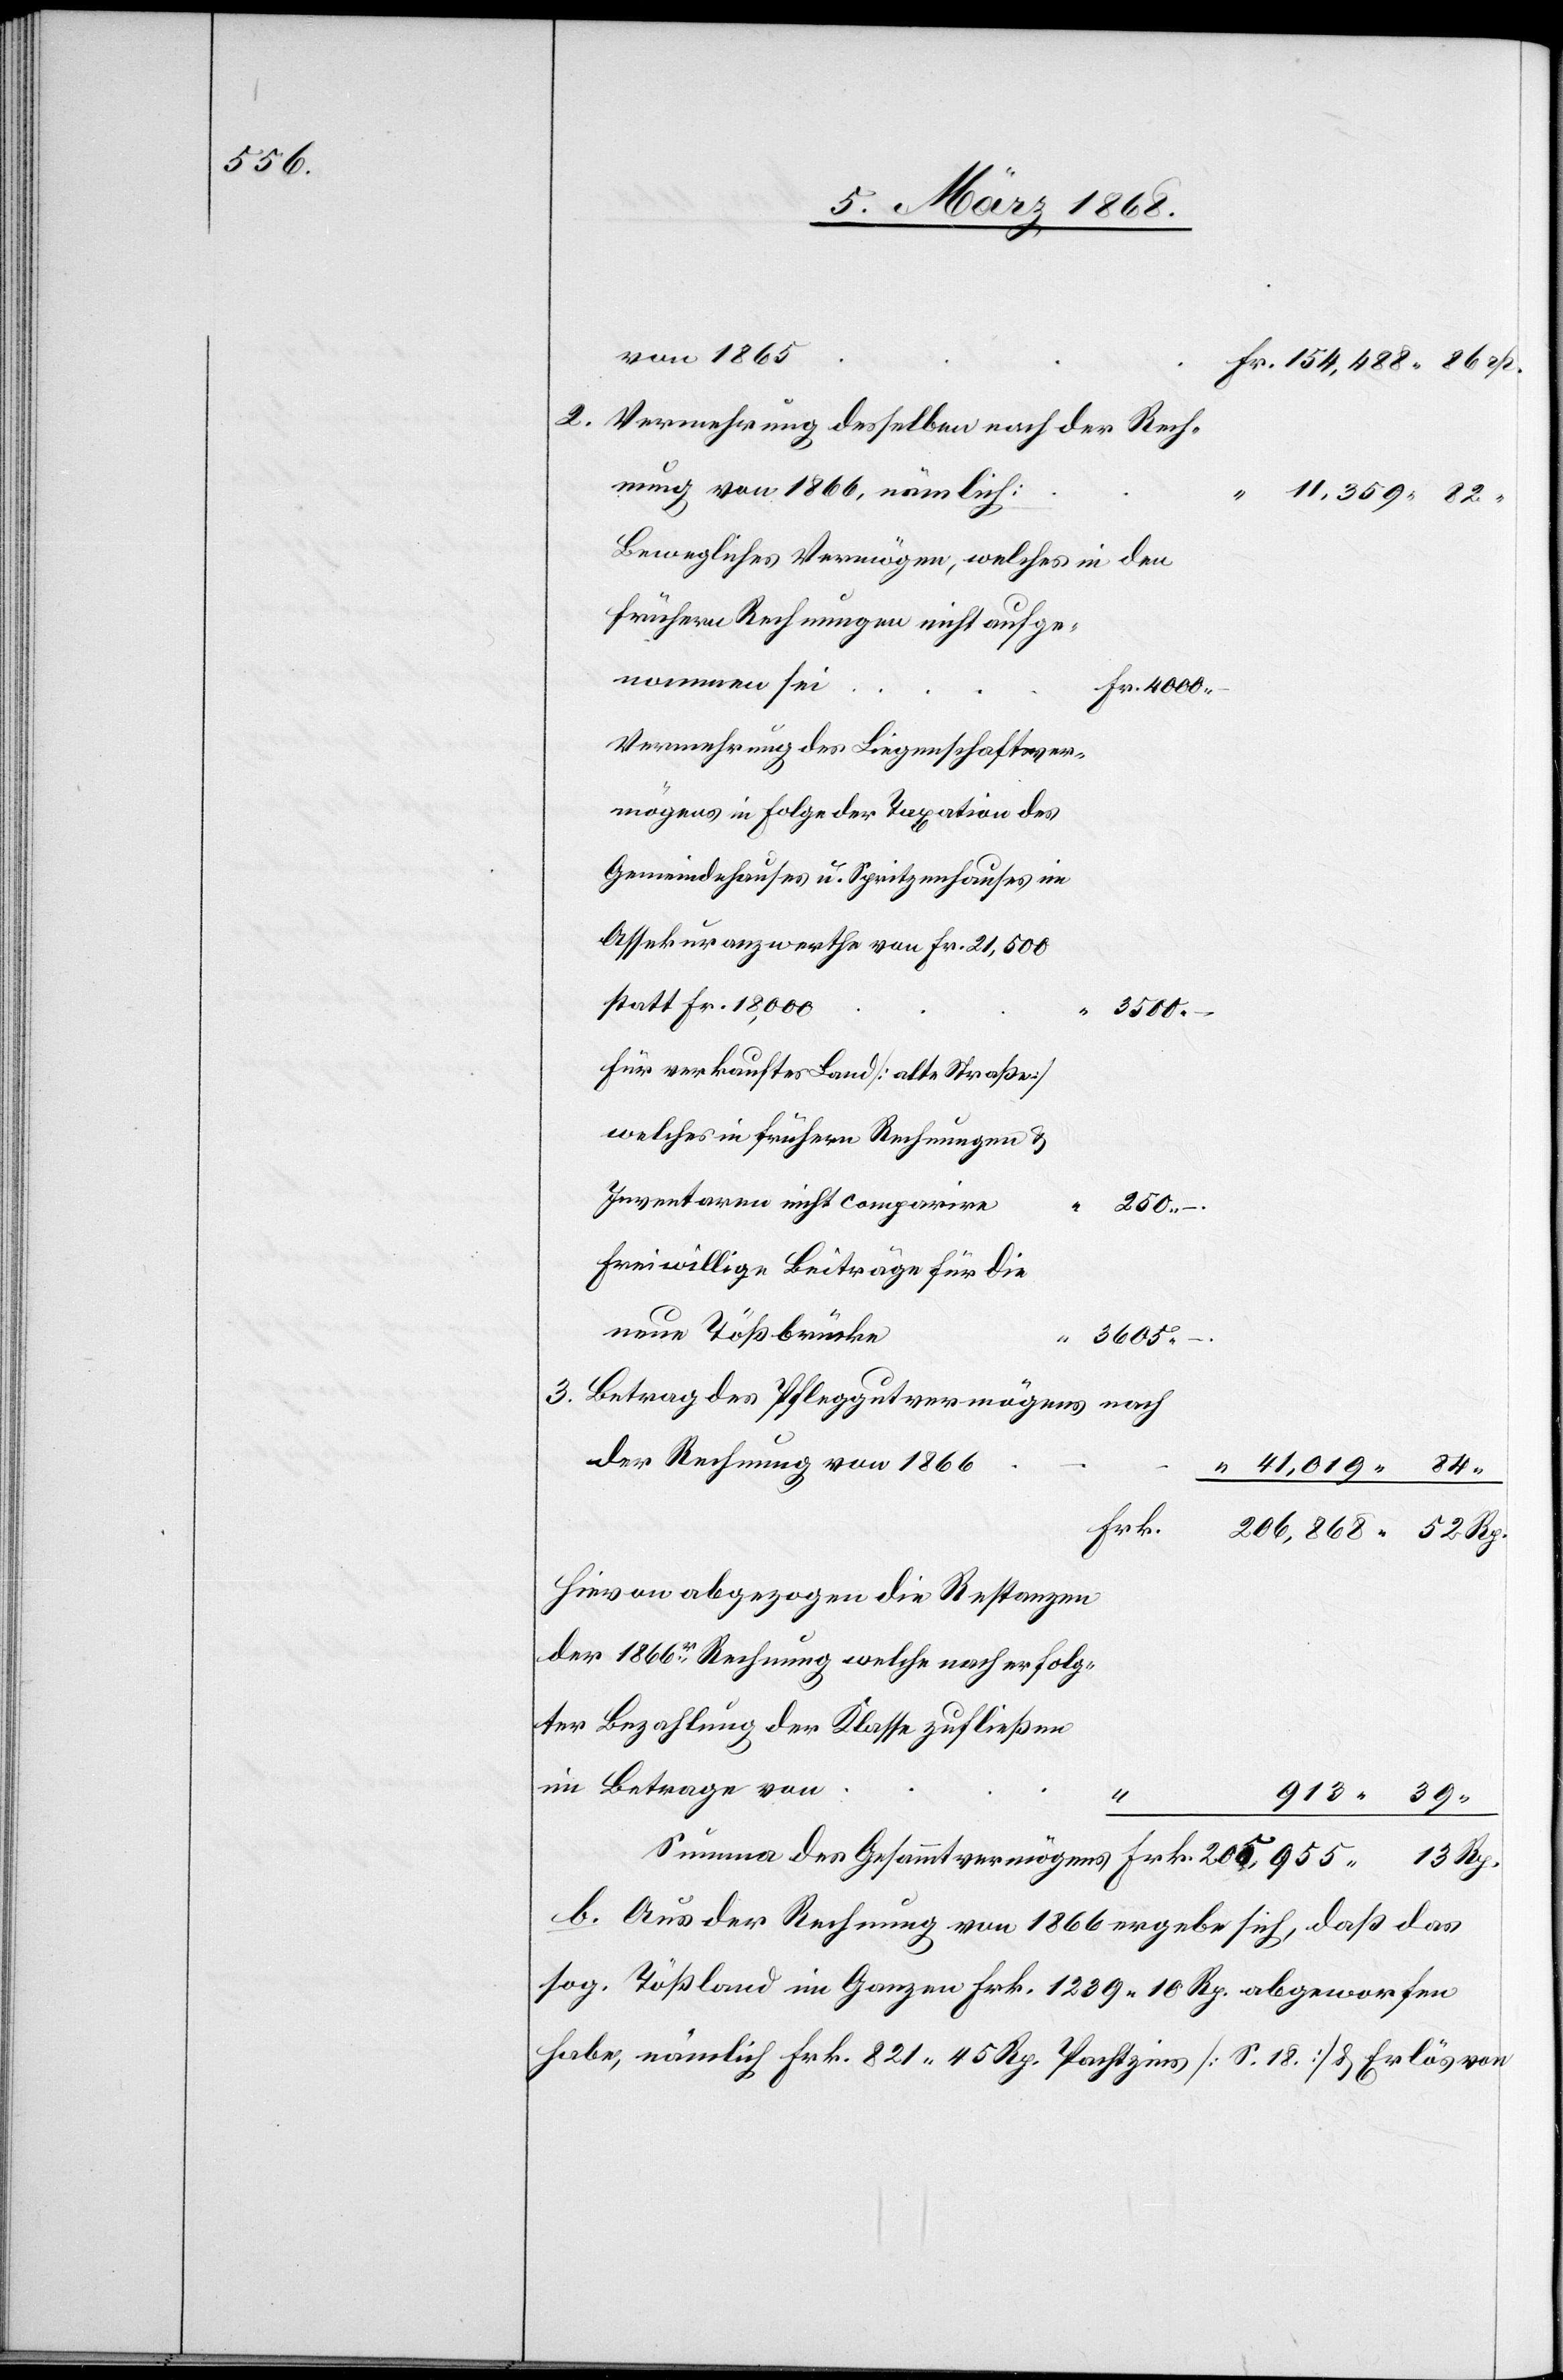
von 1865
Fr. 154,488. 86 rp.
Vermehrung desselben nach der Rech¬
nung von 1866, nämlich:
“ 11,359. 82.
Bewegliches Vermögen, welches in den
frühern Rechnungen nicht aufge¬
nommen sei
Fr. 4000.
Vermehrung des Liegenschaftsver¬
mögens in Folge der Taxation des
Gemeindehauses u. Spritzenhauses im
Assekuranzwerthe von Fr. 21,500
statt Fr. 18,000
3500.
Für verkauftes Land [alte Straße]
welches in frühern Rechnungen &
Inventaren nicht comparire
250.
–.
Freiwillige Beiträge für die
neue Tößbrücke
3605.
13
Betrag des Pfleggutvermögens
nach
der Rechnung von 1866
“ 41,019. 84.
Frk.
206,868. 52 Rp.
Hievon abgezogen die Restanzen
der 1866r. Rechnung welche nach erfolg¬
ter Bezahlung der Klasse [sic!]
im Betrage von
913. 39.
b. Aus der Rechnung von 1866 ergebe sich, daß das
sog. Tößland im Ganzen Frk. 1239. 10 Rp. abgeworfen
habe, nämlich Frk. 821. 45 Rp. Pachtzins [S. 18.] & Erlös von